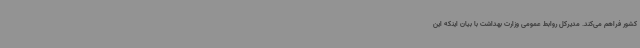
کشور فراهم می‌کند. مدیرکل روابط عمومی وزارت بهداشت با بیان اینکه این